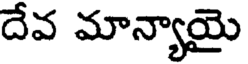
దేవ మాన్యాయై